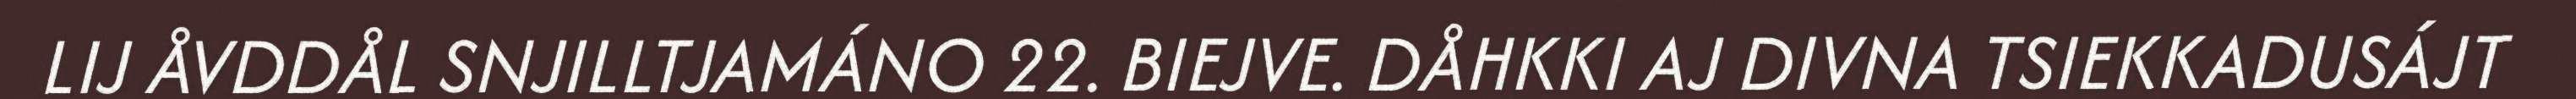
LIJ ÅVDDÅL SNJILLTJAMÁNO 22. BIEJVE. DÅHKKI AJ DIVNA TSIEKKADUSÁJT